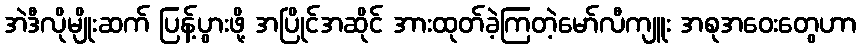
အဲဒီလိုမျိုးဆက် ပြန့်ပွားဖို့ အပြိုင်အဆိုင် အားထုတ်ခဲ့ကြတဲ့မော်လီကျူး အစုအဝေးတွေဟာ